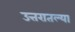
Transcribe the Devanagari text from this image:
उत्तरातल्या